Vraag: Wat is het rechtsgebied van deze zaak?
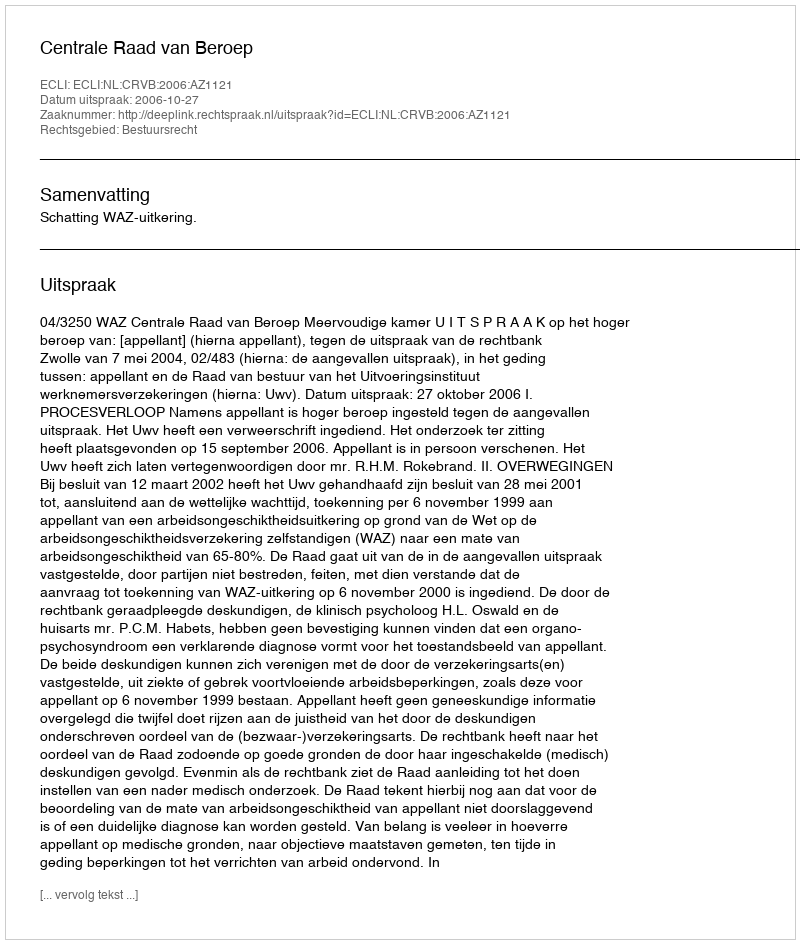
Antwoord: Bestuursrecht